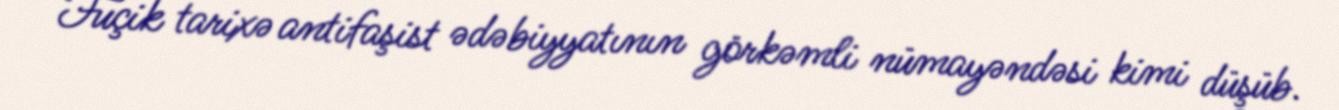
Fuçik tarixə antifaşist ədəbiyyatının görkəmli nümayəndəsi kimi düşüb.